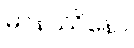
မာနဿိနော